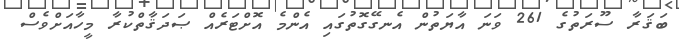
ބަޤަރާ ސޫރަތުގެ 261 ވަނަ އާޔަތުން އެނގޭގޮތުގައި އެންމެ އޮށްޓަރެއް ޞަދަޤާތްކުރާ މީހާއަށްވެސް